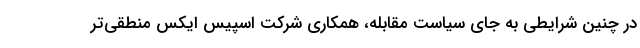
در چنین شرایطی به جای سیاست مقابله، همکاری شرکت اسپیس ایکس منطقی‌تر